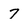
Character: 7